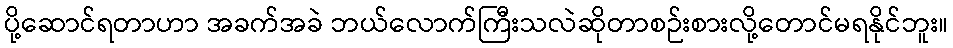
ပို့ဆောင်ရတာဟာ အခက်အခဲ ဘယ်လောက်ကြီးသလဲဆိုတာစဉ်းစားလို့တောင်မရနိုင်ဘူး။